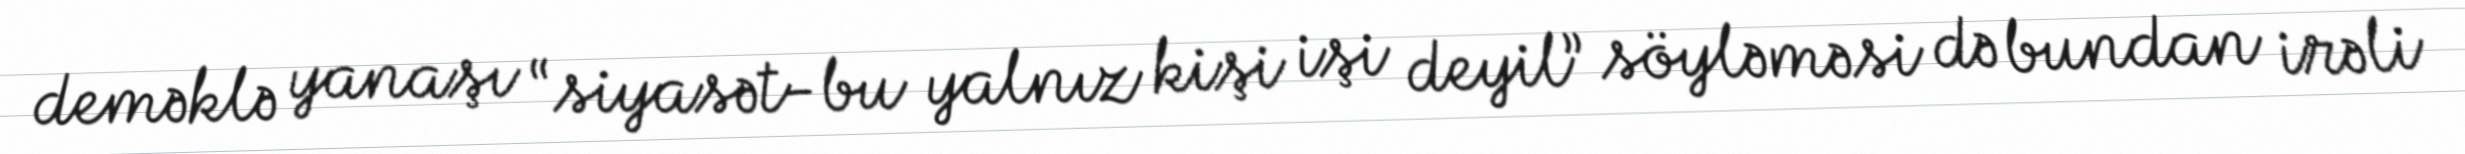
deməklə yanaşı “siyasət-bu yalnız kişi işi deyil” söyləməsi də bundan irəli